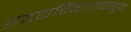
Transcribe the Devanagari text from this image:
हृदयविकारापासून